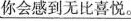
你会感到无比喜悦。